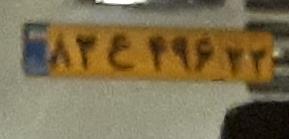
۸۳ع۴۹۶۳۳